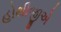
હોથીજીએ